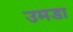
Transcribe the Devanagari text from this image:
उमडा